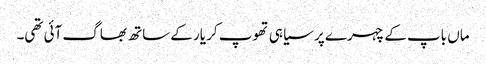
ماں باپ کے چہرے پر سیاہی تھوپ کر یار کے ساتھ بھاگ آئی تھی۔